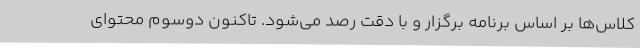
کلاس‌ها بر اساس برنامه برگزار و با دقت رصد می‌شود. تاکنون دوسوم محتوای